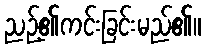
ညဉ့်၏ကင်းခြင်းမည်၏။